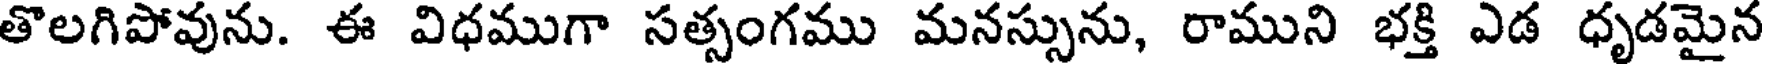
తొలగిపోవును. ఈ విధముగా సత్సంగము మనస్సును, రాముని భక్తి ఎడ ధృడమైన